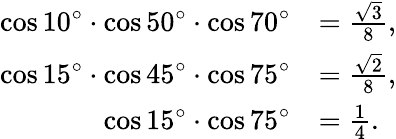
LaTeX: {\begin{array}{rl}{\cos 10^{\circ}\cdot\cos 50^{\circ}\cdot\cos 70^{\circ}}&{={\frac{\sqrt{3}}{8}},}\\ {\cos 15^{\circ}\cdot\cos 45^{\circ}\cdot\cos 75^{\circ}}&{={\frac{\sqrt{2}}{8}},}\\ {\cos 15^{\circ}\cdot\cos 75^{\circ}}&{={\frac{1}{4}}.}\end{array}}